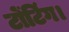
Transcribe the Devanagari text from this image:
टोंटिंग।